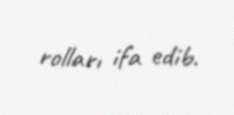
rolları ifa edib.